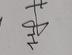
Signature authenticity: genuine